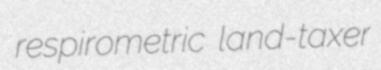
respirometric land-taxer